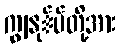
ကျွနု်ပ်တို့အား